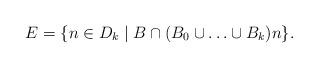
LaTeX: \begin{align*} E = \{n \in D_k \mid B\cap (B_0 \cup \ldots \cup B_k) n\}.\end{align*}